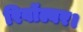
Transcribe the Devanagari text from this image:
रिवॉल्वर।